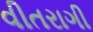
વીતરાગી